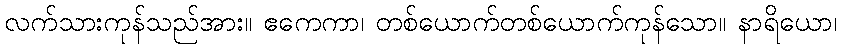
လက်သားကုန်သည်အား။ ဧကေကာ၊ တစ်ယောက်တစ်ယောက်ကုန်သော။ နာရိယော၊